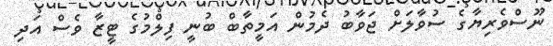
ނޫސްވެރިޔާގެ ސުވާލަށް ޖަވާބު ދެމުން އަމީތާބް ބުނީ ފިލްމުގެ ޓީޒާ ވެސް އަދި